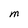
Character: M